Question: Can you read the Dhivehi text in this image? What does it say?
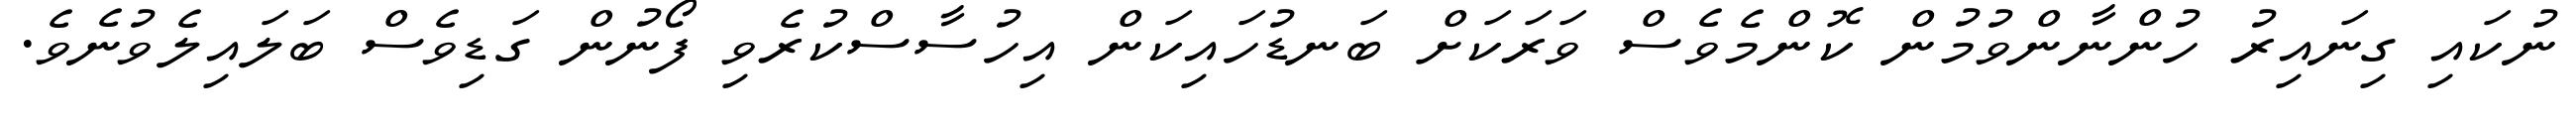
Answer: ނުކައި ގިނައިރު ހުންނާންވުމުން ކޮންމެވެސް ވަރަކަށް ބަނޑުހައިކަން އިހުސާސްކުރެވި ފޯނުން ގަޑިވެސް ބަލައިލެވުނެވެ.